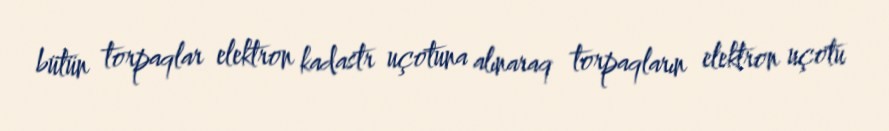
bütün torpaqlar elektron kadastr uçotuna alınaraq torpaqların elektron uçotu